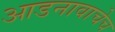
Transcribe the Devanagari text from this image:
आडनावाचेच